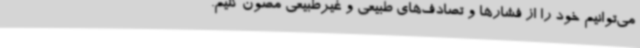
می‌توانیم خود را از فشارها و تصادف‌های طبیعی و غیرطبیعی مصون کنیم.